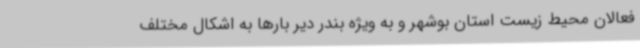
فعالان محیط زیست استان بوشهر و به ویژه بندر دیر بارها به اشکال مختلف